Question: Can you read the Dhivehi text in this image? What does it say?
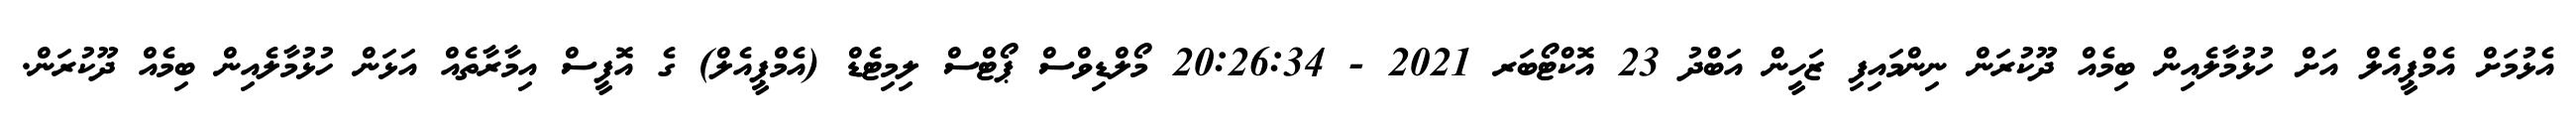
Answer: އެޅުމަށް އެމްޕީއެލް އަށް ހުޅުމާލެއިން ބިމެއް ދޫކުރަން ނިންމައިފި ޒަހީން އަބްދު 23 އޮކްޓޯބަރ 2021 - 20:26:34 މޯލްޑިވްސް ޕޯޓްސް ލިމިޓެޑް (އެމްޕީއެލް) ގެ އޮފީސް އިމާރާތެއް އަޅަން ހުޅުމާލެއިން ބިމެއް ދޫކުރަން.